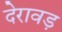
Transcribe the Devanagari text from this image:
देरावड़